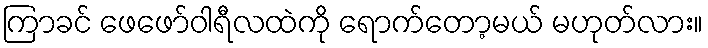
ကြာခင် ဖေဖော်ဝါရီလထဲကို ရောက်တော့မယ် မဟုတ်လား။